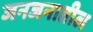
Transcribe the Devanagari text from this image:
जनजनातील